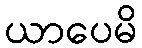
ယာပေမိ